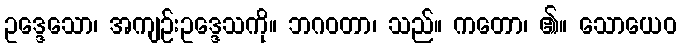
ဥဒ္ဒေသော၊ အကျဉ်းဥဒ္ဒေသကို။ ဘဂဝတာ၊ သည်။ ကတော၊ ၏။ သောယေဝ